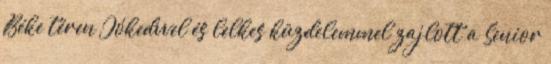
Béke téren Jókedvvel és lelkes küzdelemmel zajlott a Senior